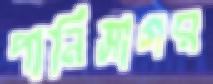
পানিসাগর